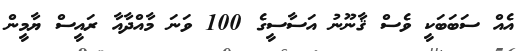
އެއް ސަބަބަކީ ވެސް ޤާނޫނު އަސާސީގެ 100 ވަނަ މާއްދާއާ ރައީސް ޔާމީން